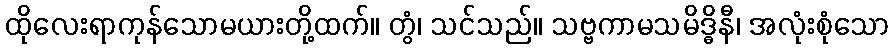
ထိုလေးရာကုန်သောမယားတို့ထက်။ တွံ၊ သင်သည်။ သဗ္ဗကာမသမိဒ္ဓိနီ၊ အလုံးစုံသော